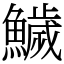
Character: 鱥